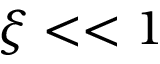
\xi < < 1